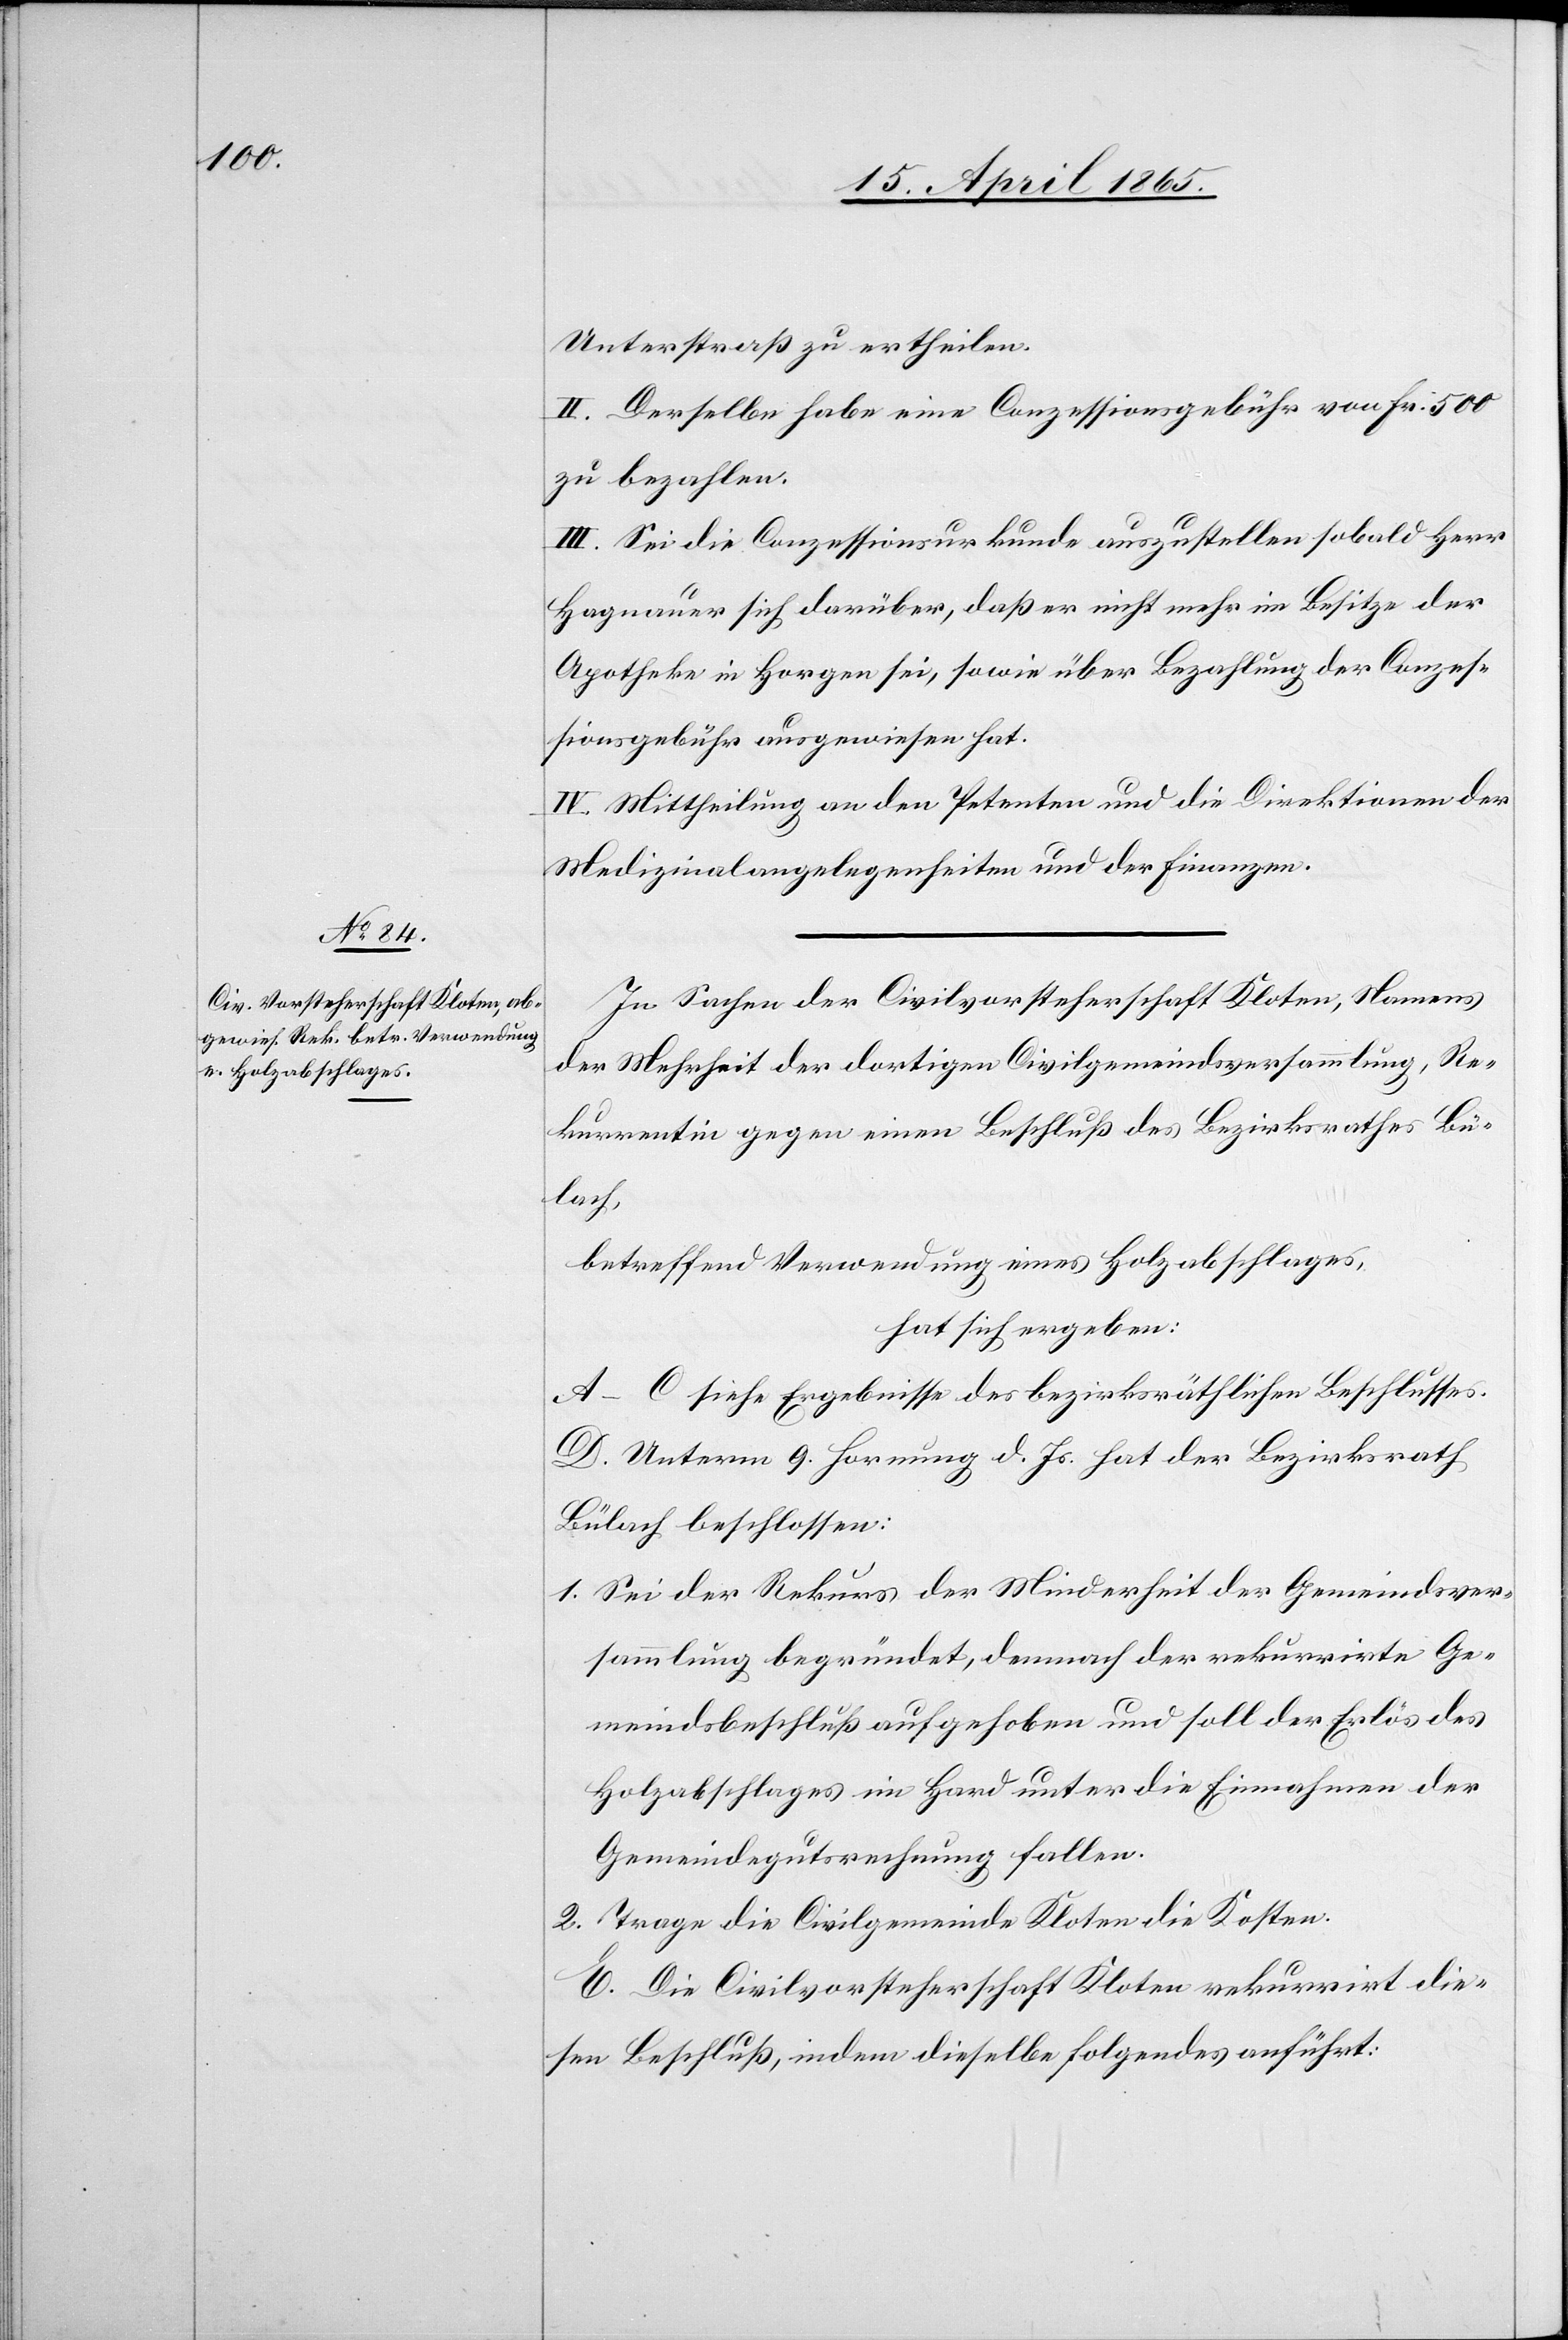
Unterstraß zu ertheilen.
II. Derselbe habe eine Conzessionsgebühr von Fr. 500
zu bezahlen.
III. Sei die Conzessionsurkunde auszustellen sobald Herr
Hagnauer sich darüber, daß er nicht im Besitze der
Apotheke in Horgen sei, sowie über Bezahlung der Conzes¬
sionsgebühr ausgewiesen hat.
IV. Mittheilung an den Petenten und die Direktionen der
Medizinalangelegenheiten und der Finanzen.
In Sachen der Civilvorsteherschaft Kloten, Namens
der Mehrheit der dortigen Civilgemeindsversammlung, Re¬
kurrentin gegen einen Beschluß des Bezirksrathes Bü¬
lach,
betreffend Verwendung eines Holzabschlages,
hat sich ergeben:
A–C siehe Ergebnisse des bezirksräthlichen Beschlusses.
D. Unterm 9. Hornung d. Js. hat der Bezirksrath
Bülach beschlossen:
1. Sei der Rekurs der Minderheit der Gemeindsver¬
sammlung begründet, demnach der rekurrirte Ge¬
meindsbeschluß aufgehoben und soll der Erlös des
Holzabschlages im Hard unter die Einnahmen der
Gemeindegutsrechnung fallen.
2. Trage die Civilgemeinde Kloten die Kosten.
E. Die Civilvorsteherschaft Kloten rekurrirt die¬
sen Beschluß, indem dieselbe Folgendes anführt: